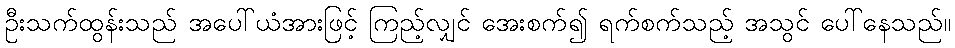
ဦးသက်ထွန်းသည် အပေါ်ယံအားဖြင့် ကြည့်လျှင် အေးစက်၍ ရက်စက်သည့် အသွင် ပေါ်နေသည်။